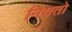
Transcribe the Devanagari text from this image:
नियतो